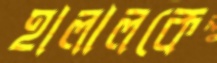
হালালকে